Vital statistics of India. Vol. VI, European troops 1870-79
Year: 1870
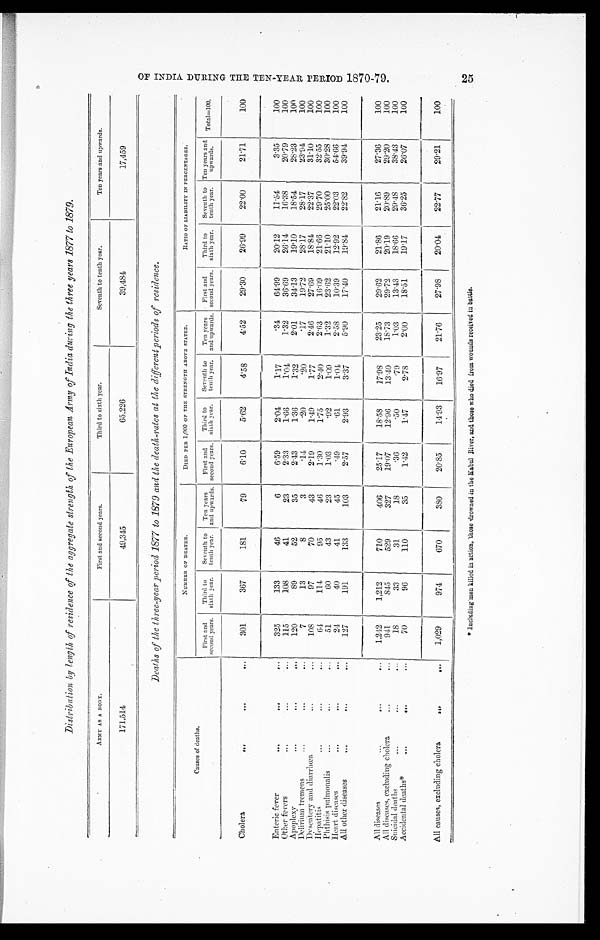
Distribution by length of residence of the aggregate strength of the European Army of India during the three years 1877 to 1879.
A R M Y A S A B O D Y .
First and second years.
Third to sixth year.
Seventh to tenth year.
Ten years and upwards.
171,514
49,345
65,226
39,484
17,459
Deaths of the three-year period 1877 to 1879 and the death-rates at the different periods of residence.
Causes of deaths.
NUMBER OF DEATHS.
DIED PER 1, 000 OF THE STRENGTH ABOVE STATED.
RATIO OF LIABILITY IN PERCENTAGES.
First and
second years. Third to
sixth year. Seventh to
tenth year. Ten years
and upwards. First and
second years. Third to
sixth year. Seventh to
tenth year. Ten years
and upwards. First and
second years. Third to
sixth year. Seventh to
tenth year. Ten years and
upwards. Total=100.
Cholera
301
367
181
79
6.10
5.62
4.58
4.52
29.30
26.99
22.00
21.71
100
Enteric fever
325
133
46
6
6.59
2.04
1.17
.34
64.99
20.12
11.54
3.35
100
O t h e r f e v e r s
115
108
41
23
2.33
1.66
1.04
1.32
36.69
26.14
16.38
20.79
100
Apoplexy
120
89
52
35
2.43
1. 36
1.32
2.01
34.13
19.10
18.54
28.23
100
Delirium tremens
7
13
8
3
.14
.20
.20
.17
19.72
28.17
28.17
23.94
100
Dysentery and diarrhœa
108
97
70
43
2.19
1.49
1.77
2.46
27.69
1 8 . 8 4
22.37
31.10
100
Hepatitis
64
114
95
4 6
1.30
1.75
2.40
2.63
16.09
21.66
29.70
32.55
100
Phthisis pulmonalis
51
60
43
23
1.03
.92
1.09
1.32
23.62
21.10
25.00
30.28
100
Heart diseases
24
40
41
45
.49
.61
1.04
2.58
10. 39
12.92
22.03
54.66
100
All other diseases
127
191
133
103
2.57
2.93
3.37
5.90
17. 40
19.84
22.82
39.94
100
All diseases
1 , 2 4 2
1,212
710
406
25.17
18.58
17. 98
23.25
29.62
21.86
21.16
27.36
100
All diseases, excluding cholera
941
845
529
327
19.07
12.96
13.40
18.73
29.72
20.19
20.89
29.20
100
Suicidal deaths
18
33
31
1 8
.36
.50
.79
1.03
13. 43
18.66
29.48
38.43
100
Accidental deaths*
70
96
110
35
1.42
1.47
2.78
2.00
18.51
19.17
36.25
26.07
100
All causes, excluding cholera
1,029
974
670
380
20.85
14.93
16.97
21.76
27.98
20.04
22.77
29.21
100
* I n c l u d i n g m e n k i l l e d i n a c t i o n , t h o s e d r o w n e d i n t h e K a b u l R i v e r , a n d t h o s e w h o d i e d f r o m w o u n d s r e c e i v e d i n b a t t l e .
O F I N D I A D U R I N G T H E T E N - Y E A R P E R I O D 1 8 7 0 - 7 9 .
25